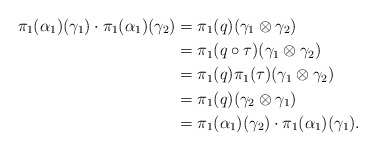
\begin{align*} \pi_1(\alpha_1)(\gamma_1) \cdot \pi_1(\alpha_1)(\gamma_2) &= \pi_1(q) (\gamma_1 \otimes \gamma_2) \\ &= \pi_1(q \circ \tau) (\gamma_1 \otimes \gamma_2) \\ &= \pi_1(q) \pi_1(\tau)(\gamma_1 \otimes \gamma_2) \\ &= \pi_1(q) (\gamma_2 \otimes \gamma_1) \\ &= \pi_1(\alpha_1)(\gamma_2) \cdot \pi_1(\alpha_1)(\gamma_1). \end{align*}